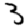
Digit: 3